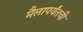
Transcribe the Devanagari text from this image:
मैलापर्यंतची